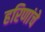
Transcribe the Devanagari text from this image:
हरिणांचे